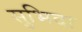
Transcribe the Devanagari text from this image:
सुभिदा